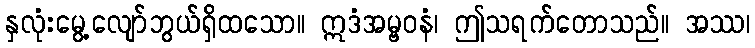
နှလုံးမွေ့လျော်ဘွယ်ရှိထသော။ ဣဒံအမ္ဗဝနံ၊ ဤသရက်တောသည်။ အဿ၊